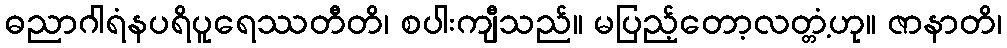
ဓညာဂါရံနပရိပူရေဿတီတိ၊ စပါးကျီသည်။ မပြည့်တော့လတ္တံ့ဟု။ ဇာနာတိ၊